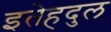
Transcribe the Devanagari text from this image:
इतेहदुल